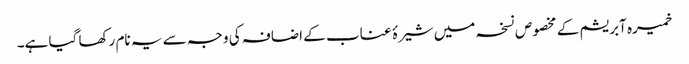
خمیرہ آبریشم کے مخصوص نسخہ میں شیرۂ عناب کے اضافہ کی وجہ سے یہ نام رکھا گیا ہے۔